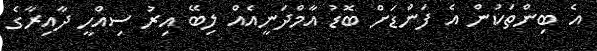
އެ ބިންތަކުން އެ ފަންޑަށް ބޮޑު އާމްދަނީއެއް ލިބޭ އިރު ސިއްހީ ދާއިރާގެ